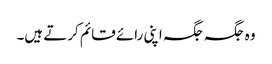
وہ جگہ جگہ اپنی رائے قائم کرتے ہیں۔